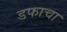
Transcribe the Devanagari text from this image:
डफाचा